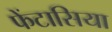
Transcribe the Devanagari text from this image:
फेंटासिया